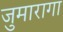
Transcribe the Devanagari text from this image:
जुमारागा